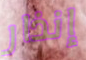
إنذار